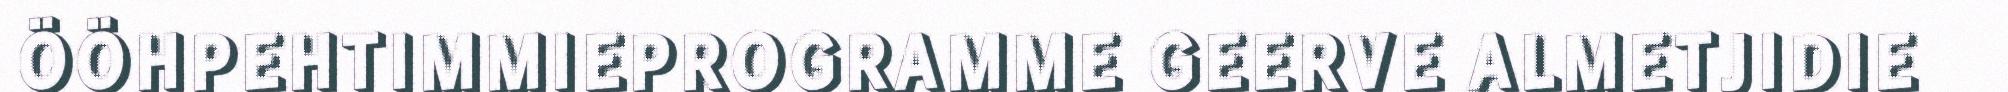
ÖÖHPEHTIMMIEPROGRAMME GEERVE ALMETJIDIE